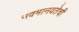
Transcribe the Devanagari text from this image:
नवमानवतेची